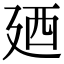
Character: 廼